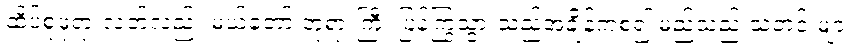
ထိပ်စုဖုရားလတ်လည်း မယ်တော် ဘုရားကြီး ပြန်ကြွသွားသည့်အချိန်ကစ၍ မည်သည့် သတင်းများ